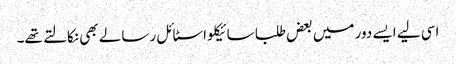
اسی لیے ایسے دور میں بعض طلبا سائیکلو اسٹائل رسالے بھی نکالتے تھے۔